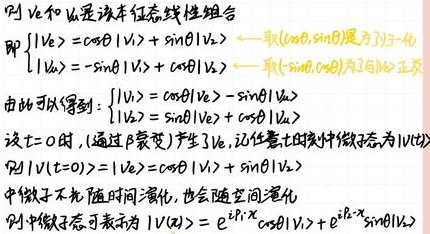
则 $|\nu_e\rangle$ 和 $|\nu_\mu\rangle$ 是该本征态线性组合
即 $\begin{cases}|\nu_e\rangle=\cos\theta|\nu_1\rangle+\sin\theta|\nu_2\rangle & \text{取}(\cos\theta,\sin\theta)\text{是为了归一化} \\ |\nu_\mu\rangle=-\sin\theta|\nu_1\rangle+\cos\theta|\nu_2\rangle & \text{取}(\cos\theta,\sin\theta)\text{为空间正交基} \end{cases}$
由此可以得到：$\begin{cases}|\nu_1\rangle=\cos\theta|\nu_e\rangle-\sin\theta|\nu_\mu\rangle \\ |\nu_2\rangle=\sin\theta|\nu_e\rangle+\cos\theta|\nu_\mu\rangle \end{cases}$
设 $t = 0$ 时，（通过 $\beta$ 衰变）产生了 $|\nu_e\rangle$，记任意时刻的中微子态为 $|\nu(t)\rangle$
中微子不仅随时间演化，也会随空间演化
则中微子态可表示为 $|\nu(x)\rangle = e^{iE_1x} \cos\theta|\nu_1\rangle + e^{iE_2x}\sin\theta|\nu_2\rangle$